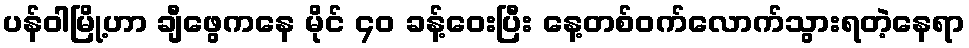
ပန်ဝါမြို့ဟာ ချီဖွေကနေ မိုင် ၄၀ ခန့်ဝေးပြီး နေ့တစ်ဝက်လောက်သွားရတဲ့နေရာ